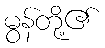
မွန်တို့၏